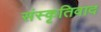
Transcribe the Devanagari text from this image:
संस्कृतिवाद